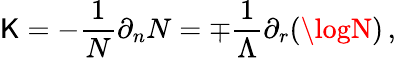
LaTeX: \mathsf{K}=-\frac{{1}}{{N}}\partial_{n}N=\mp\frac{{1}}{{\Lambda}}\partial_{r}(\logN)\, ,